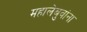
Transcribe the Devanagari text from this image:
महालेबुवांना